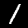
Label: 1